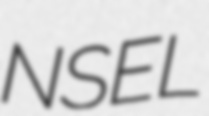
NSEL